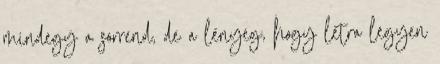
mindegy a sorrend, de a lényeg, hogy létra legyen